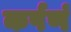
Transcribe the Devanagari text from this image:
कर्षणं